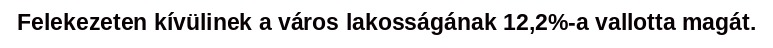
Felekezeten kívülinek a város lakosságának 12,2%-a vallotta magát.